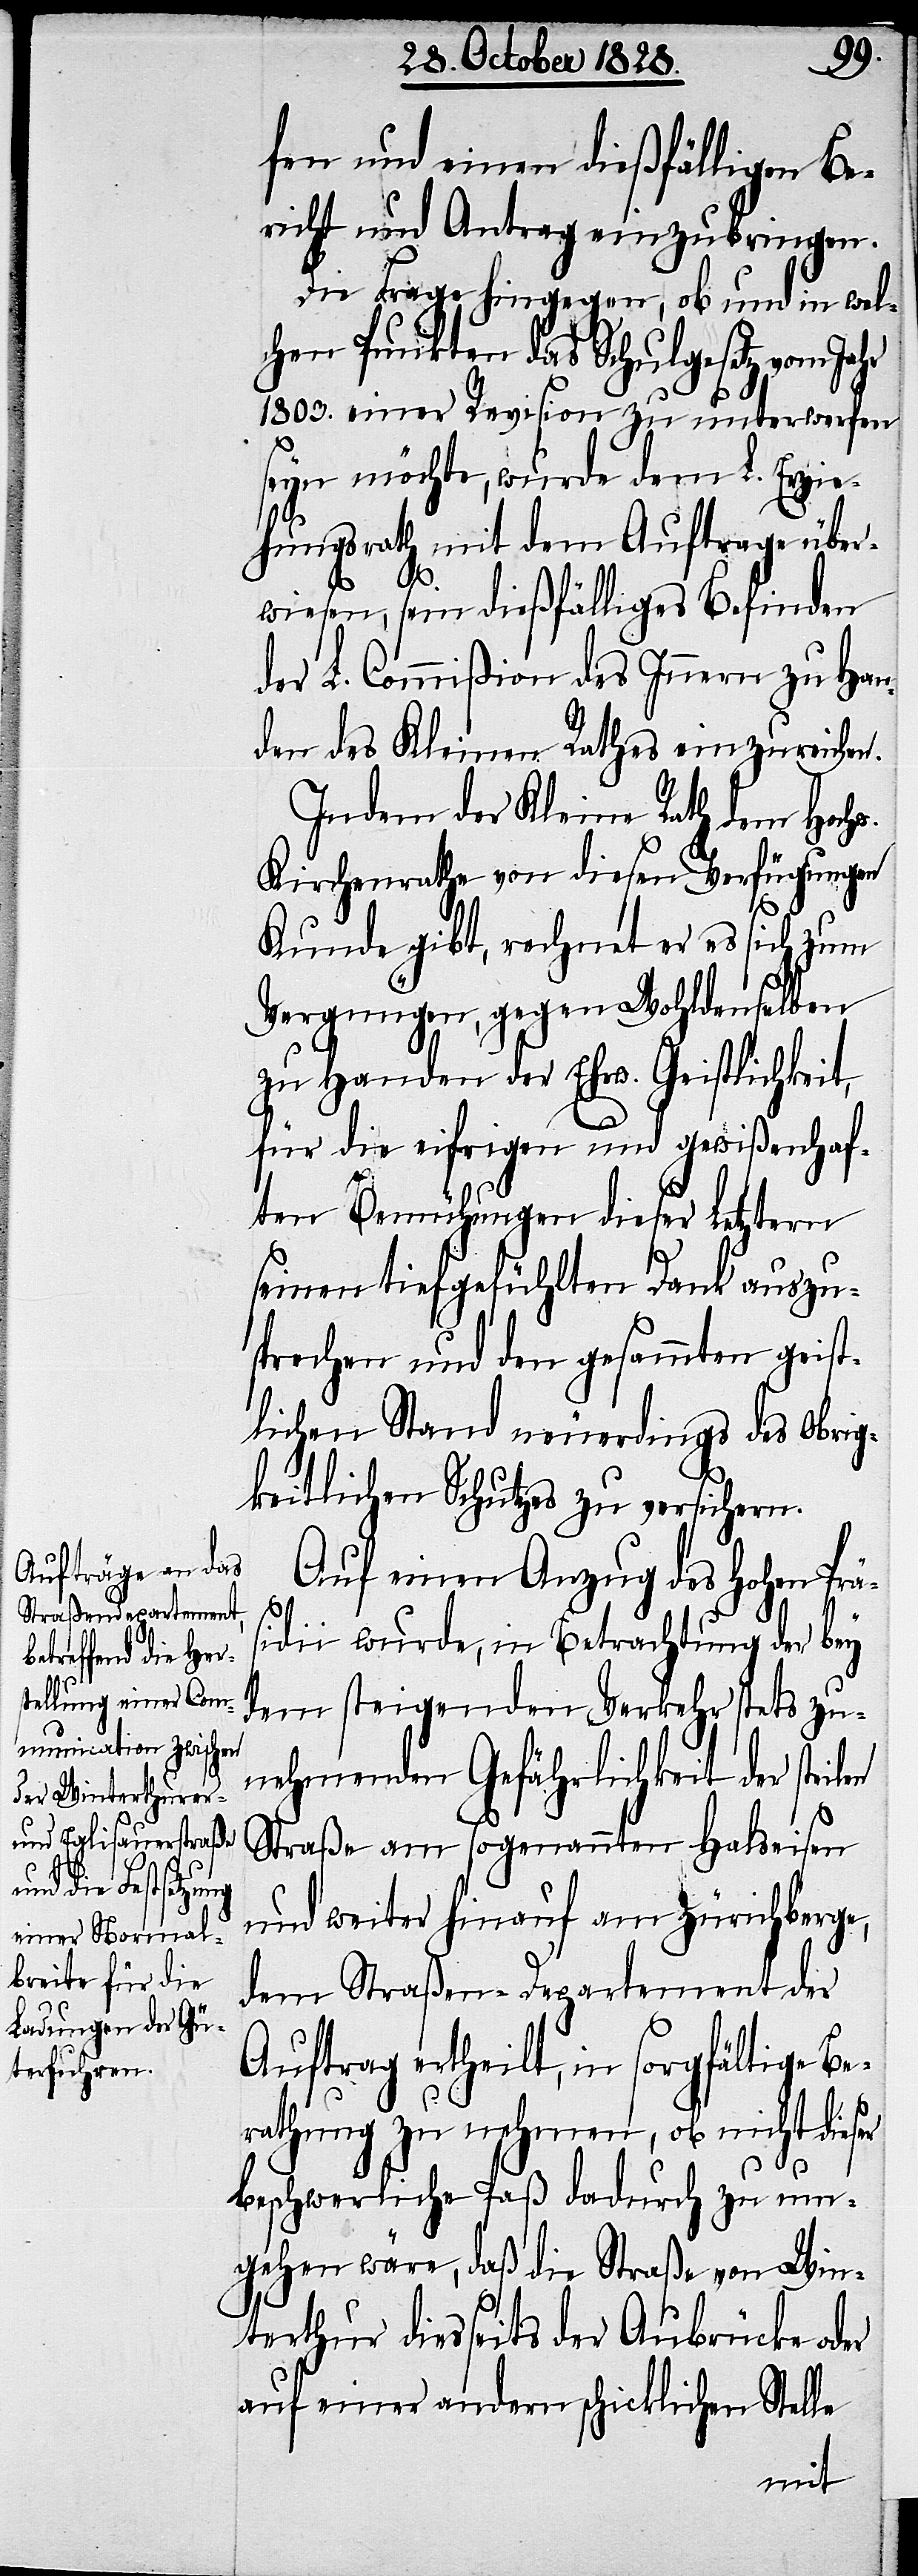
en
fen und einen dießfälligen Be¬
richt und Antrag einzubringen.
Die Frage hingegen, ob und in wel¬
chen Punkten das Schulgesetz vom
1803. einer Revision zu unterwerfen
seyn möchte, wurde dem L. Erzie¬
hungsrath mit dem Auftrage über¬
wiesen, sein dießfälliges Befinden
der L. Commißion des Innern zu Han¬
den des Kleinen Rathes einzureichen.
Indem der Kleine Rath dem Hochw.
Kirchenrathe von diesen Verfügungen
Kunde gibt, rechnet er es sich zum
Vergnügen, gegen Wohldenselben
zu Handen der Ehrw. Geistlichkeit,
für die eifrigen und gewißenhaf¬
ten Bemühungen dieser letztern
seinen tiefgefühlten Dank auszu¬
sprechen und den gesammten geist¬
lichen Stand neuerdings des Obrig¬
keitlichen Schutzes zu versichern.
Auf einen Anzug des Hohen Prä¬
sidii wurde, in Betrachtung der bey
dem steigenden Verkehr stets zu¬
nehmenden Gefährlichkeit der steil¬
Straße am sogenannten Halseisen
und weiter hinauf am Zürichberge,
dem Straßen-Departement der
Auftrag ertheilt, in sorgfältige Be¬
rathung zu nehmen, ob nicht dieser
beschwerliche Paß dadurch zu um¬
gehen wäre, daß die Straße von Win¬
terthur diesseits der Aubrücke oder
auf einer andern schicklichen Stelle